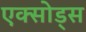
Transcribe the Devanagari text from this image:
एक्सोड्स